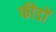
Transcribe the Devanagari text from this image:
फीडों